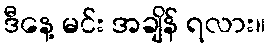
ဒီနေ့ မင်း အချိန် ရလား။